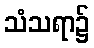
သံသရာ၌